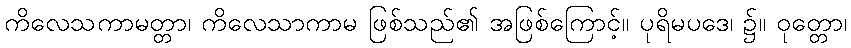
ကိလေသကာမတ္တာ၊ ကိလေသာကာမ ဖြစ်သည်၏ အဖြစ်ကြောင့်။ ပုရိမပဒေ၊ ၌။ ဝုတ္တော၊